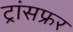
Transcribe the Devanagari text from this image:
ट्रांसफ्रर